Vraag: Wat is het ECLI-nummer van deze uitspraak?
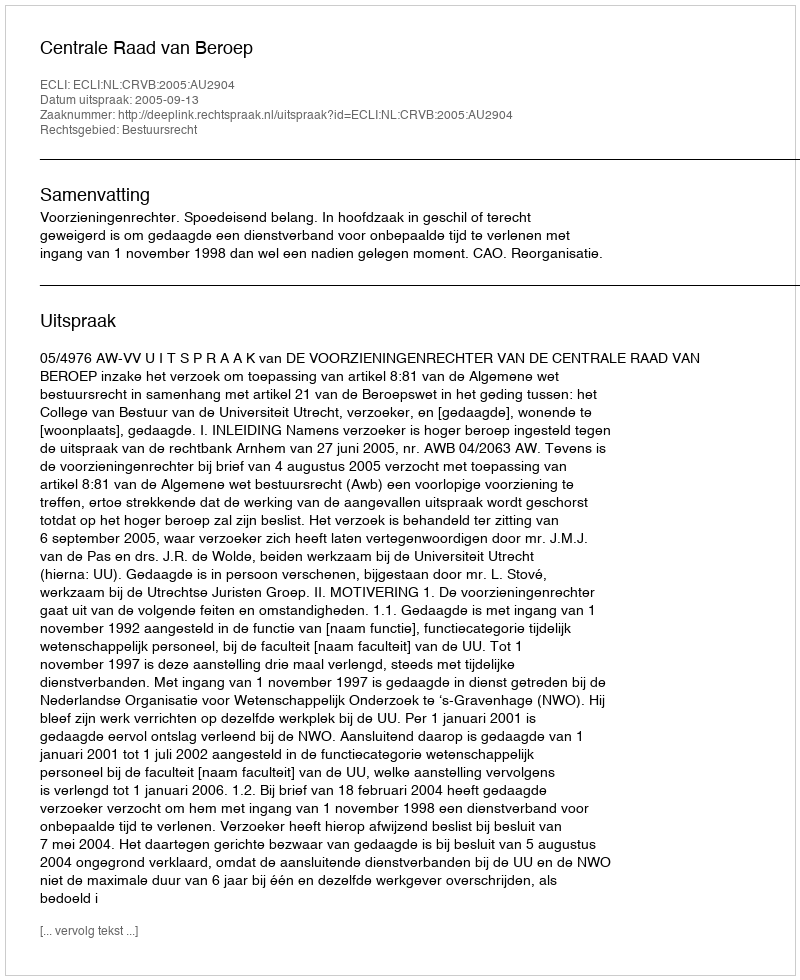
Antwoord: ECLI:NL:CRVB:2005:AU2904